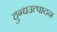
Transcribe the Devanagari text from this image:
दुग्धउत्पादन